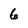
Character: 6